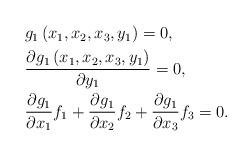
LaTeX: \begin{align*}\begin{aligned}& g_1\left(x_1,x_2,x_3,y_1 \right) = 0,\\& \frac{\partial g_1\left(x_1,x_2,x_3,y_1 \right)}{\partial y_1} = 0, \\& \frac{\partial g_1}{\partial x_1} f_1 + \frac{\partial g_1}{\partial x_2} f_2 + \frac{\partial g_1}{\partial x_3} f_3= 0.\end{aligned}\end{align*}